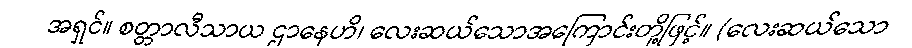
အရှင်။ စတ္တာလီသာယ ဌာနေဟိ၊ လေးဆယ်သောအကြောင်းတို့ဖြင့်။ (လေးဆယ်သော